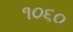
૧૦૬૦